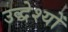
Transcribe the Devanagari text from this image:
उद्धेश्यों